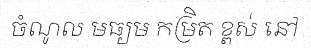
ចំណូល មធ្យម កម្រិត ខ្ពស់ នៅ